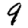
Digit: 9